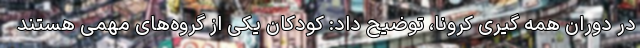
در دوران همه گیری کرونا، توضیح داد: کودکان یکی از گروه‌های مهمی هستند